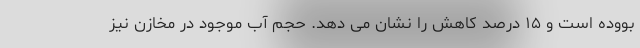
بووده است و ۱۵ درصد کاهش را نشان می دهد. حجم آب موجود در مخازن نیز